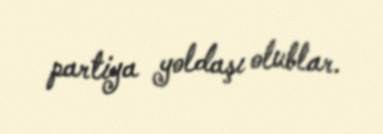
partiya yoldaşı olublar.